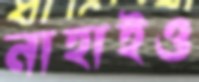
নাহাইও